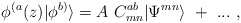
\begin{align*}\phi^{(a}(z)|\phi^{b)}\rangle=A~C^{ab}_{mn}|\Psi^{mn}\rangle~+~...~,\end{align*}